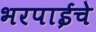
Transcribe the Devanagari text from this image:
भरपाईचे